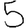
Digit: 5